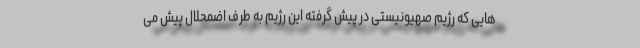
هایی که رژیم صهیونیستی در پیش گرفته این رژیم به طرف اضمحلال پیش می